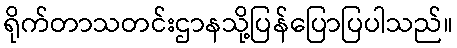
ရိုက်တာသတင်းဌာနသို့ပြန်ပြောပြပါသည်။